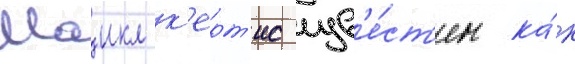
Маикл к'ерт'ис изв'е́ст'ен ка́к